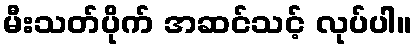
မီးသတ်ပိုက် အဆင်သင့် လုပ်ပါ။